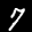
Label: 7